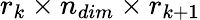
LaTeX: r_{k}\times n_{dim}\times r_{k+1}